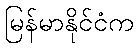
မြန်မာနိုင်ငံက